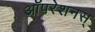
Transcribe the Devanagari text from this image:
ऑपरेशनस्